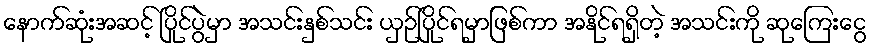
နောက်ဆုံးအဆင့် ပြိုင်ပွဲမှာ အသင်းနှစ်သင်း ယှဉ်ပြိုင်ရမှာဖြစ်ကာ အနိုင်ရရှိတဲ့ အသင်းကို ဆုကြေးငွေ